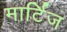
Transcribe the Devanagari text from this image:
मार्टिज